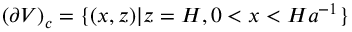
( \partial V ) _ { c } = \{ ( x , z ) | z = H , 0 < x < H a ^ { - 1 } \}